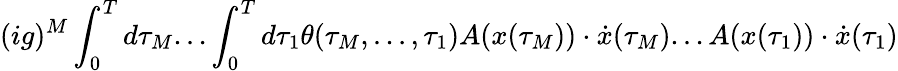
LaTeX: (ig)^{M}\int_{0}^{T}d\tau_{M}...\int_{0}^{T}d\tau_{1}\theta(\tau_{M},...,\tau_{1})A(x(\tau_{M}))\cdot\dot{x}(\tau_{M})...A(x(\tau_{1}))\cdot\dot{x}(\tau_{1})